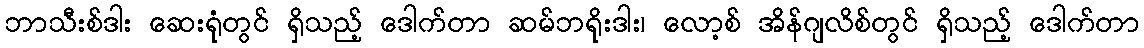
ဘာသီးစ်ဒါး ဆေးရုံတွင် ရှိသည့် ဒေါက်တာ ဆမ်ဘရိုးဒါး၊ လော့စ် အိန်ဂျလိစ်တွင် ရှိသည့် ဒေါက်တာ